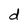
Character: d